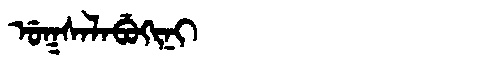
Manchu: ᡠᡴᠰᠠᠯᠠᠪᡠᡴᡳᠨᡳ
Romanization: UKSALABUKINI